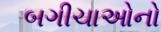
બગીચાઓનો